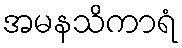
အမနသိကာရံ